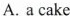
A.a cake